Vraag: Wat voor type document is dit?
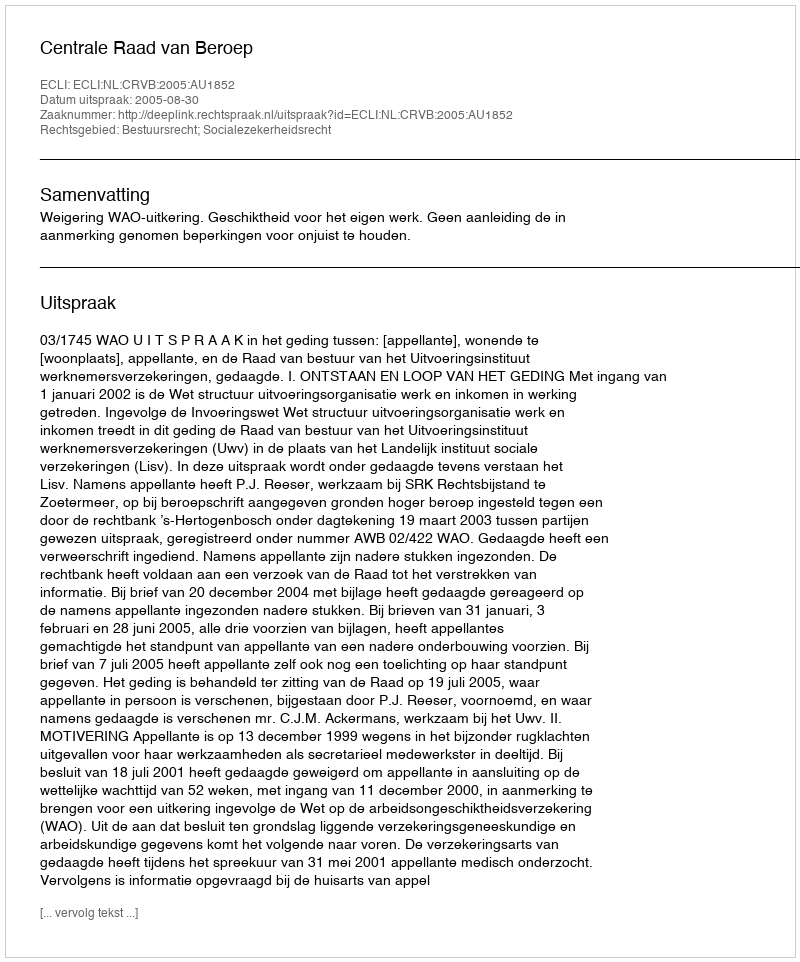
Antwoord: Uitspraak